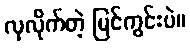
လှလိုက်တဲ့ မြင်ကွင်းပဲ။